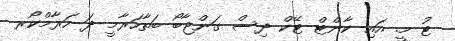
ޓު މީ. އައި ކާންޓް ޓޭކް ދިސް ގަންޖާބޯ ބަތާހަރާމީ ދަ ހަރާމްކޯރ